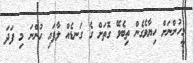
މީހުންނަށް ހިޔާވެގެން ތިބެވޭ ގޮތަށް ގެ ގަނޑެއް ލާފައި ހުންނަ މި ފަދަ